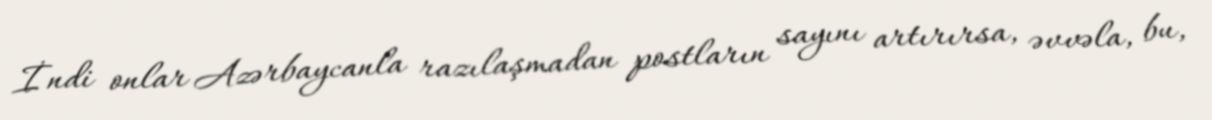
İndi onlar Azərbaycanla razılaşmadan postların sayını artırırsa, əvvəla, bu,